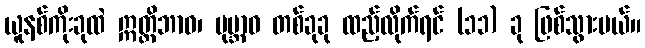
ယူနစ်ကိုးခုထဲ ဣတ္ထိဘာဝ၊ ပုမ္ဘာဝ တစ်ခုခု ထည့်လိုက်ရင် (၁၁) ခု ဖြစ်သွားမယ်။